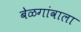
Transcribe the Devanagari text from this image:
बेळगांवाला